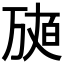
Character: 𤽩